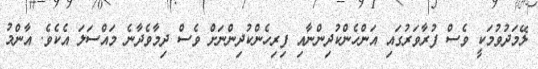
ލޭމަދުވުމަކީ ވެސް ފުރާވަރުގައި އަންހެންކުދިންނާއި ފިރިހެންކުދިންނަށް ވެސް ދިމާވެދާނެ މައްސަލަ އެކެވެ. އާންމު